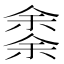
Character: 𠎳